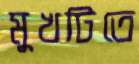
মুখটিতে